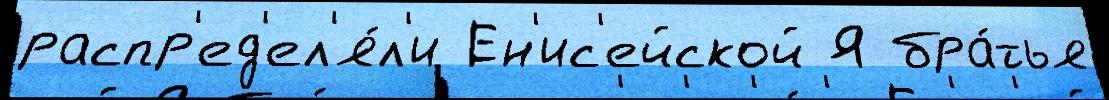
распр'ед'ел'я́л'и Ен'ис'ейской Я бра́тья